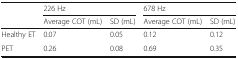
<table><thead><tr><td></td><td colspan="2"><b>226 Hz</b></td><td colspan="2"><b>678 Hz</b></td></tr><tr><td></td><td><b>Average COT (mL)</b></td><td><b>SD (mL)</b></td><td><b>Average COT (mL)</b></td><td><b>SD (mL)</b></td></tr></thead><tbody><tr><td>Healthy ET</td><td>0.07</td><td>0.05</td><td>0.12</td><td>0.12</td></tr><tr><td>PET</td><td>0.26</td><td>0.08</td><td>0.69</td><td>0.35</td></tr></tbody></table>